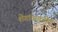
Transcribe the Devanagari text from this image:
शेगांवाकरीत